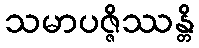
သမာပဇ္ဇိဿန္တိ